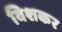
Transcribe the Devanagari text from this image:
विशकर